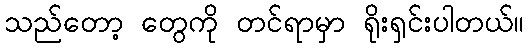
သည်တော့ တွေကို တင်ရာမှာ ရိုးရှင်းပါတယ်။